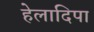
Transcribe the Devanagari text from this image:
हेलादिपा